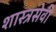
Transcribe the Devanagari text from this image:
शास्त्रसेवी